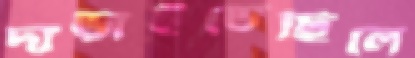
দাঁড়াইতেছিলে